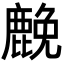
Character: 𮭵